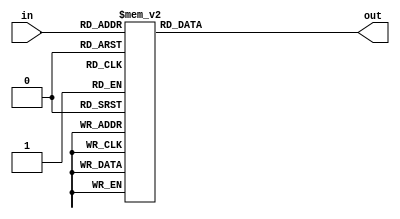
//seven segment decoder with case statements

module seven_segment (in, out);
    input [3:0]in;
    output reg[6:0]out;

    always @(*) begin
        case (in)
            4'b0000: out = 7'b0000001;
            4'b0001: out = 7'b1001111;
            4'b0010: out = 7'b0010010;
            4'b0011: out = 7'b0000110;
            4'b0100: out = 7'b1001100;
            4'b0101: out = 7'b0100100;
            4'b0110: out = 7'b0100000;
            4'b0111: out = 7'b0001111;
            4'b1000: out = 7'b0000000;
            4'b1001: out = 7'b0000100;
            4'b1010: out = 7'b0001000;
            4'b1011: out = 7'b1100000;
            4'b1100: out = 7'b0110001;
            4'b1101: out = 7'b1000010;
            4'b1110: out = 7'b0110000;
            4'b1111: out = 7'b0111000;
            default: out = 7'b1111111;
        endcase
    end
endmodule